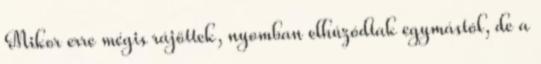
Mikor erre mégis rájöttek, nyomban elhúzódtak egymástól, de a